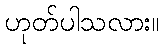
ဟုတ်ပါသလား။